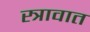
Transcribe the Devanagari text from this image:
स्त्रावात